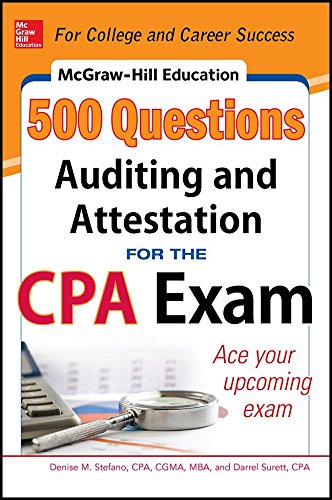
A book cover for McGraw-Hill Education 500 Auditing and Attestation Questions for the CPA Exam (McGraw-Hill's 500 Questions); Denise M. Stefano; Test Preparation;